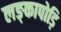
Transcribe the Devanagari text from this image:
लङ्कापोड़ि